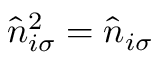
\hat { n } _ { i \sigma } ^ { 2 } = \hat { n } _ { i \sigma }